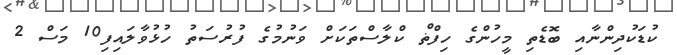
ކުޑަކުދިންނާއި ބޮޑެތި މީހުންގެ ހިފްޡް ކްލާސްތަކަށް ވަނުމުގެ ފުރުސަތު ހުޅުވާލައިފި10 މަސް 2